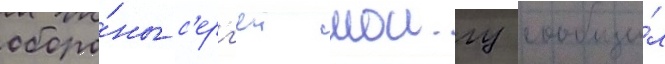
оборо́ны с'ерг'еи шоигу сообщи́л